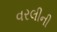
વરલીની